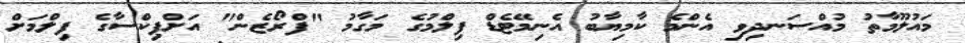
މައުލޫމާތު މުއްސަނދިވި އެންމެ ކާމިޔާބު އެނިމޭޓެޑް ފިލްމުގެ މަގާމު "ފްރޯޒެން" އަށްޕިކްސާގެ ފިލްމަށް